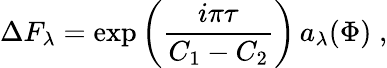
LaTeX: \Delta F_{\lambda}=\exp\left(\frac{i\pi\tau}{C_{1}-C_{2}}\right)\, a_{\lambda}(\Phi)\; ,